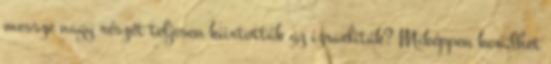
messze nagy részét teljesen kiirtották az izraeliták? Miképpen kerülhet